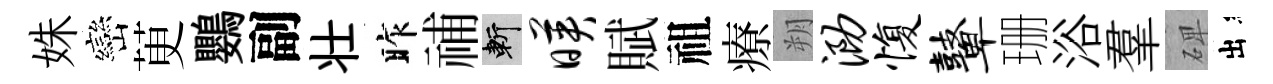
姝巒茰鸚副壮昨𥙷斬映賦祖療朔泐愎鼙珊浴羣𥓓出